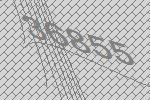
36855